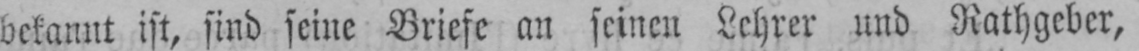
bekannt ist, sind seine Briefe an seinen Lehrer und Rathgeber,